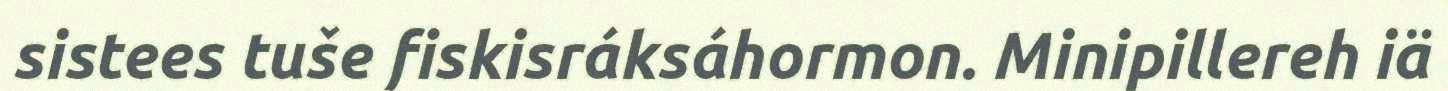
sistees tuše fiskisráksáhormon. Minipillereh iä